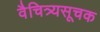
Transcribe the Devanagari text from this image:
वैचित्र्यसूचक